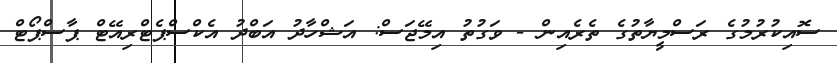
ސޮއިކުރުމުގެ ރަސްމީޔާތުގެ ތެރެއިން - ވަގުތު އިމޭޖަސް: އަޝްހާދު އަބްދު އެކްސްޕެޓްރިއޭޓް ޕާސްޕޯޓް